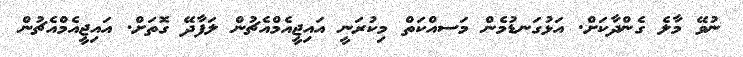
ނުވޭ މާލެ ގެންދާކަށް. އަޅުގަނޑުމެން މަސއްކަތް މިކުރަނީ އައިޖީއެމްއެޗުން ލަފާދޭ ގޮތަށް. އައިޖީއެމްއެޗުން